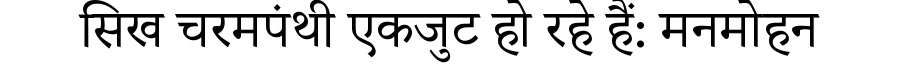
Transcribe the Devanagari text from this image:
सिख चरमपंथी एकजुट हो रहे हैं: मनमोहन